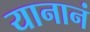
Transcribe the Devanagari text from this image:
यानानं